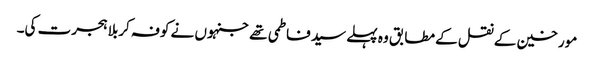
مورخین کے نقل کے مطابق وہ پہلے سید فاطمی تھے جنہوں نے کوفہ کربلا ہجرت کی۔